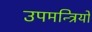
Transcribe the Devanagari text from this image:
उपमन्त्रियों